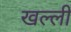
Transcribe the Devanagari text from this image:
खल्ली